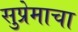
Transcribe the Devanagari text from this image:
सुप्रेमाचा